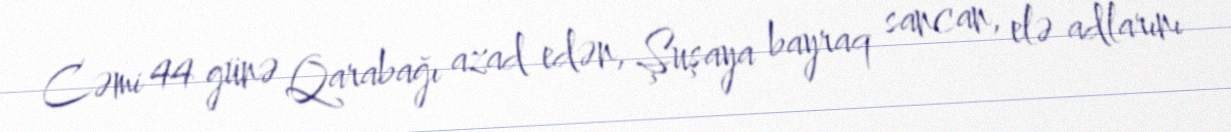
Cəmi 44 günə Qarabağı azad edən, Şuşaya bayraq sancan, elə adlarını